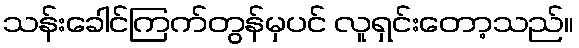
သန်းခေါင်ကြက်တွန်မှပင် လူရှင်းတော့သည်။